Juri_Uluots, lk 19
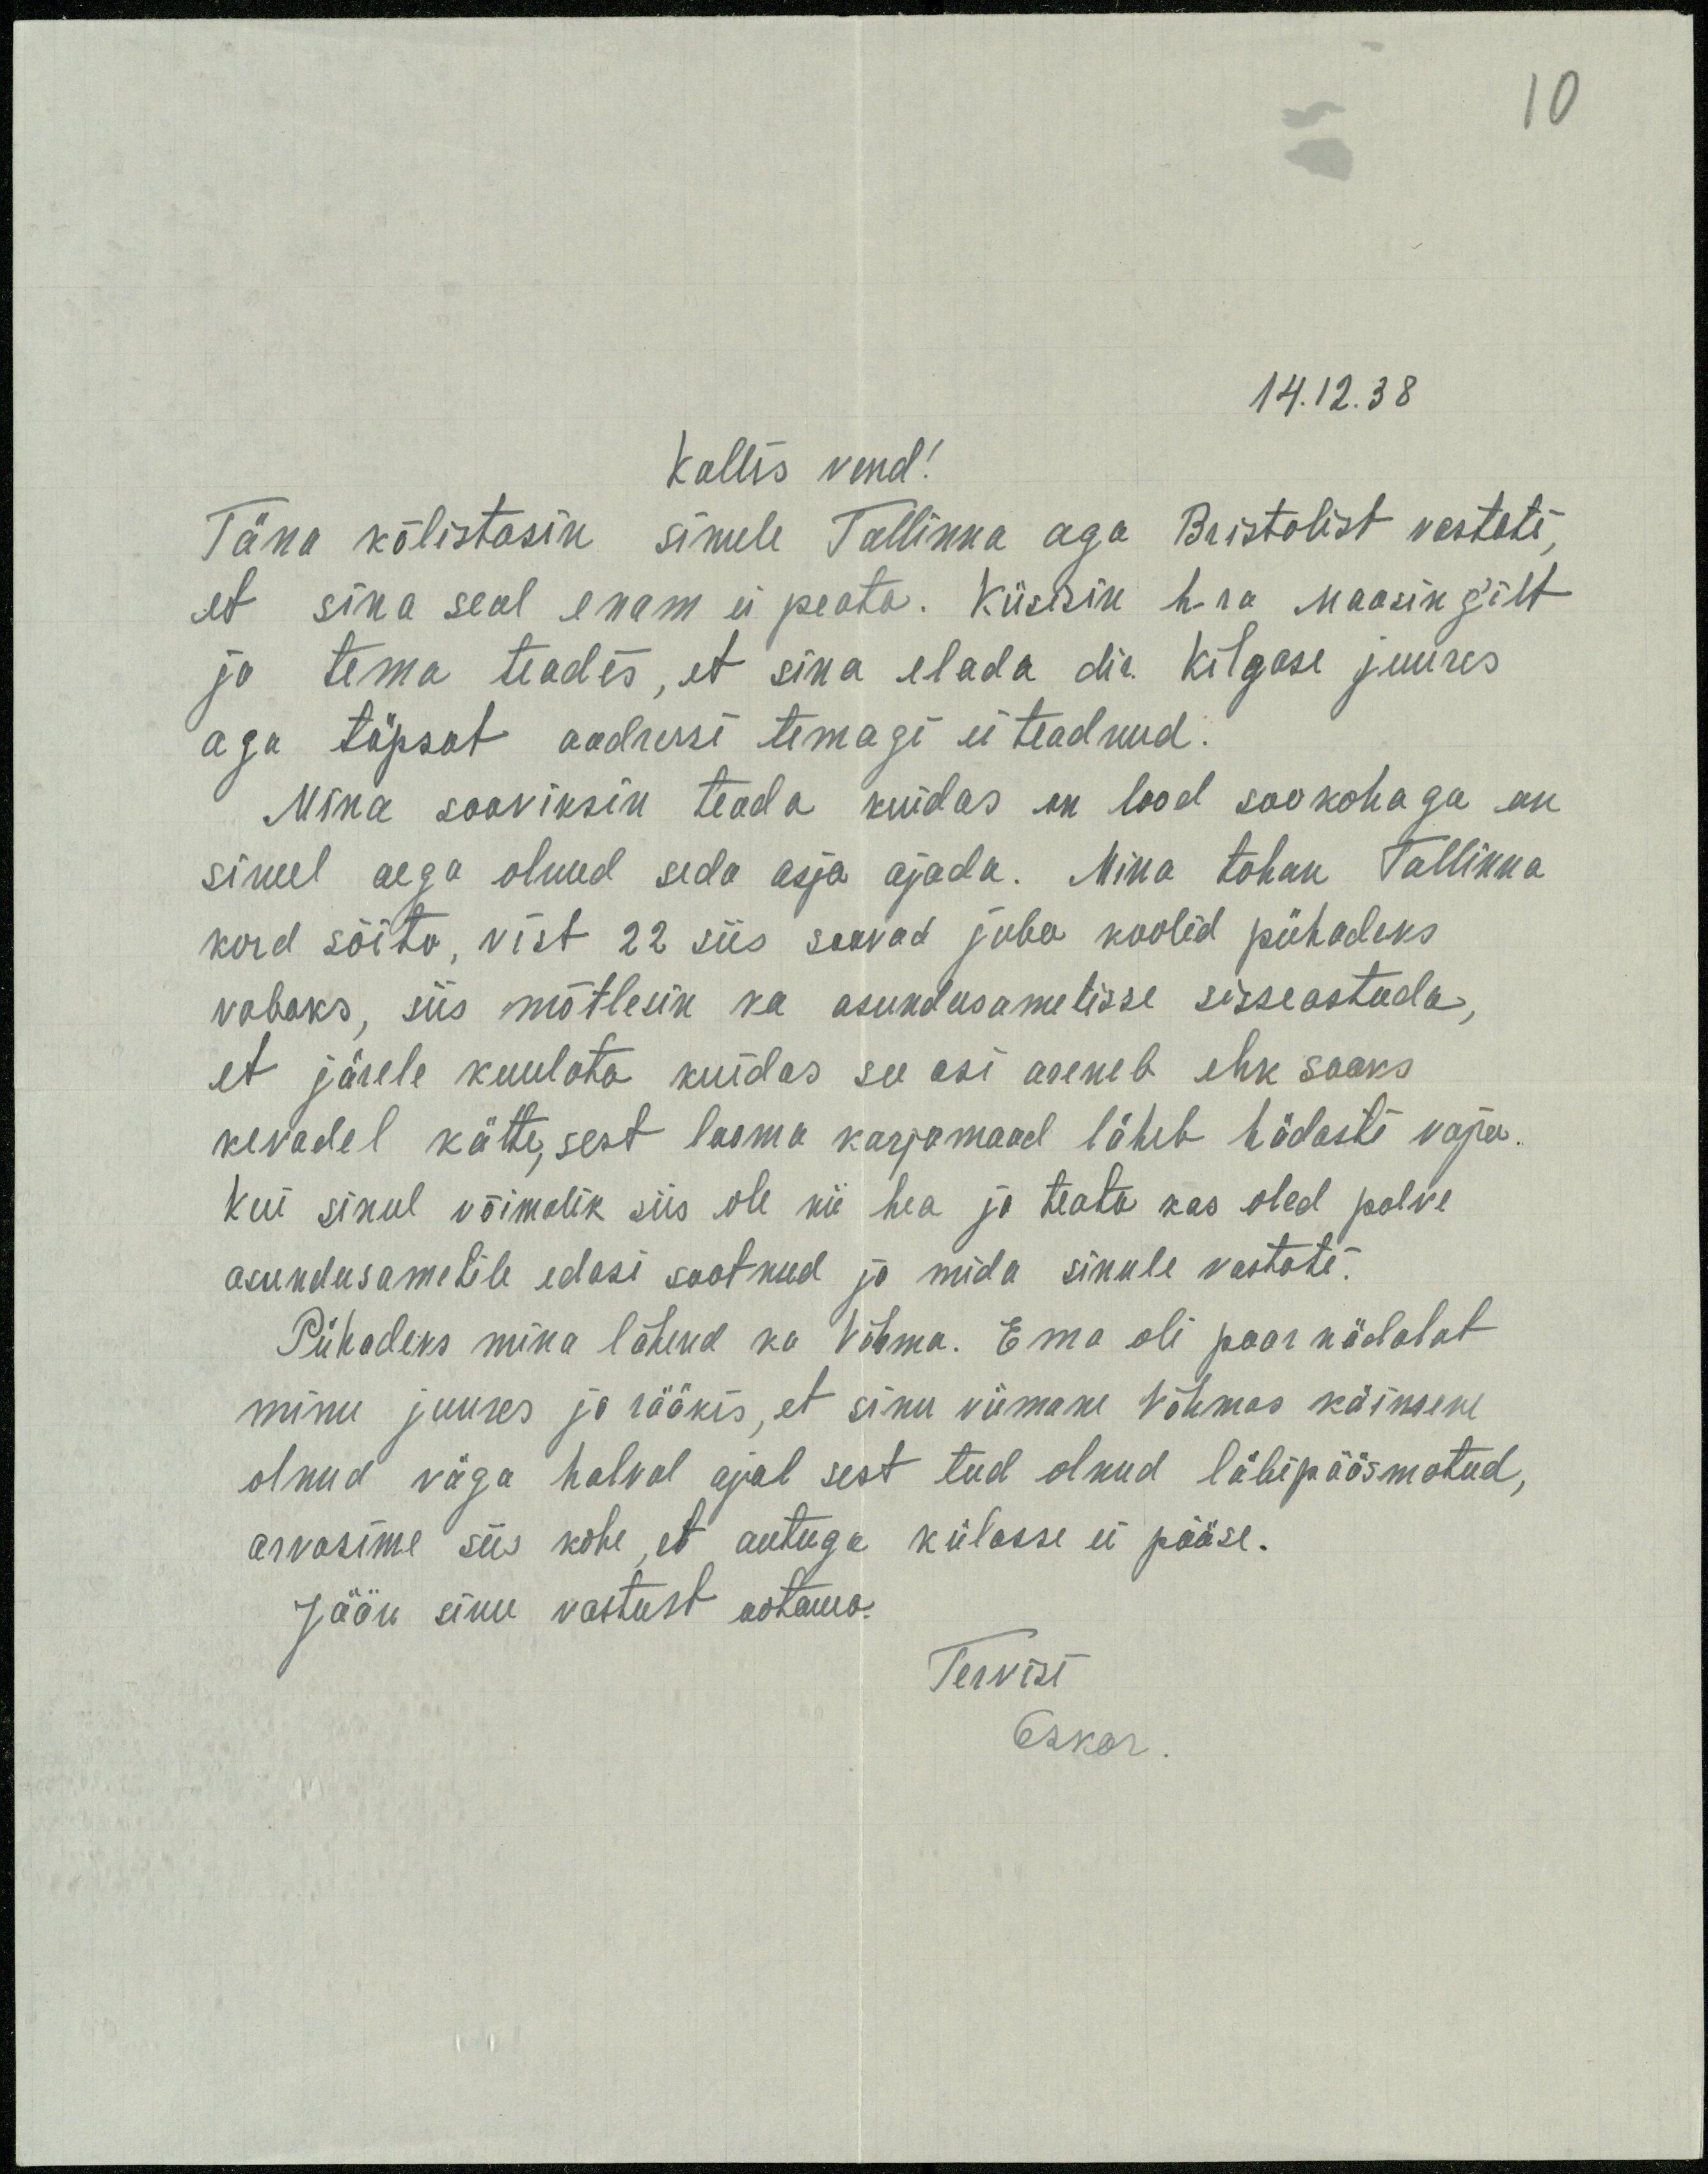
14.12.38
Kallis vend!
Täna kõlistasin sinule Tallinna aga Bristolist vastati,
et sina seal enam ei peata. Küsisin hra Maasing'ilt
ja tema teadis, et sina elada dir. Kilgase juures
aga täpsat aadressi temagi ei teadnud.
Mina sooviksin teada kuidas on lood sookohaga on
sinul aega olnud seda asja ajada. Mina tahan Tallinna
kord sõita, vist 22 siis saavad juba koolid pühadeks
vabaks, siis mõtlesin ka asundusametisse sisseastuda,
et järele kuulata kuidas see asi areneb ehk saaks
kevadel kätte, sest looma karjamaad läheb hädasti vaja.
Kui sinul võimalik siis ole nii hea ja teata kas oled palve
asundusametile edasi saatnud ja mida sinule vastati.
Pühadeks mina lähend ka Võhma. Ema oli paar nädalat
minu juures ja rääkis, et sinu viimane Võhmas käimine
olnud väga halval ajal sest teed olnud läbipääsmatud,
arvasime siis kohe, et autuga külasse ei pääse.
Jään sinu vastust ootama.
Tervisi
Oskar.